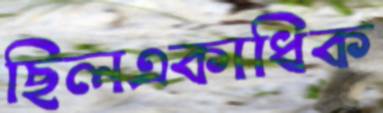
ছিলএকাধিক